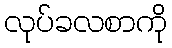
လုပ်ခလစာကို